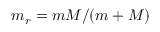
m _ { r } = { m M } / { ( m + M ) }